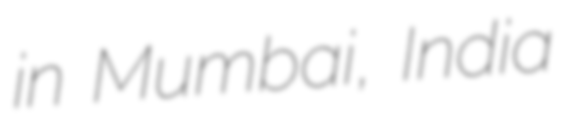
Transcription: in Mumbai, India